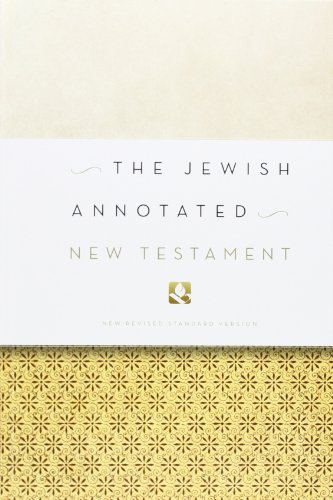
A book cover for The Jewish Annotated New Testament; History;